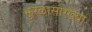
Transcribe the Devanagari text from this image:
झुरळासारख्या